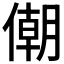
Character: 𠎫